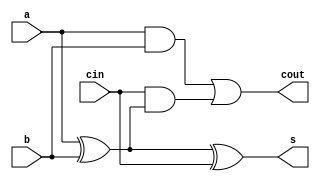
`timescale 1ns / 1ps

module fa(
    input a,b,cin,
    output s,cout
    );
    assign s= a^b^cin;
    assign cout= a&b | cin&(a^b);
endmodule